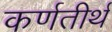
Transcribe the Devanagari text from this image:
कर्णतीर्थ